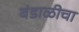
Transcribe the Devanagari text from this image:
बंडाळीचा